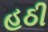
હઠી